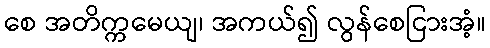
စေ အတိက္ကမေယျ၊ အကယ်၍ လွန်စေငြားအံ့။